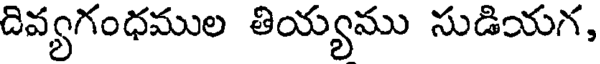
దివ్యగంధముల తియ్యము సుడియగ,